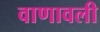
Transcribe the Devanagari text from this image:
वाणावली